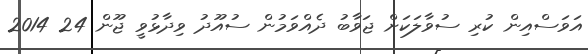
އަވަސްއިން ކުރި ސުވާލަކަށް ޖަވާބު ދެއްވަމުން ސުއޫދު ވިދާޅުވީ ޖޫން 24 2014